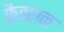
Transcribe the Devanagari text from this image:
फ्रैक्शन